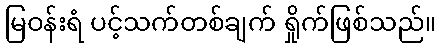
မြဝန်းရံ ပင့်သက်တစ်ချက် ရှိုက်ဖြစ်သည်။